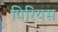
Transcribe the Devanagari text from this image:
पिरियस